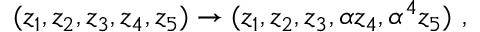
( z _ { 1 } , z _ { 2 } , z _ { 3 } , z _ { 4 } , z _ { 5 } ) \rightarrow ( z _ { 1 } , z _ { 2 } , z _ { 3 } , \alpha z _ { 4 } , \alpha ^ { 4 } z _ { 5 } ) ~ ,